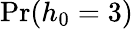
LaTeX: \operatorname*{Pr}(h_{0}=3)